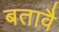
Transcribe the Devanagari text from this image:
बतावै